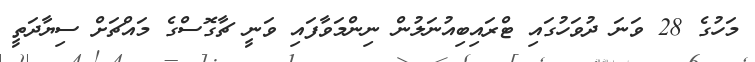
މަހުގެ 28 ވަނަ ދުވަހުގައި ޓްރައިބިއުނަލުން ނިންމަވާފައި ވަނީ ޗާގޮސްގެ މައްޗަށް ސިޔާދަތީ